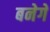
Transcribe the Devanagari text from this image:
बनेगे